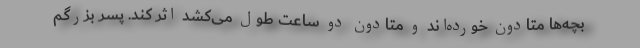
بچه‌ها متادون خورده‌اند و متادون دو ساعت طول می‌کشد اثر کند. پسر بزرگم